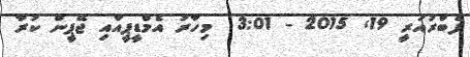
ފެބްރުއަރީ 19